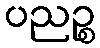
ပညဉ္စ